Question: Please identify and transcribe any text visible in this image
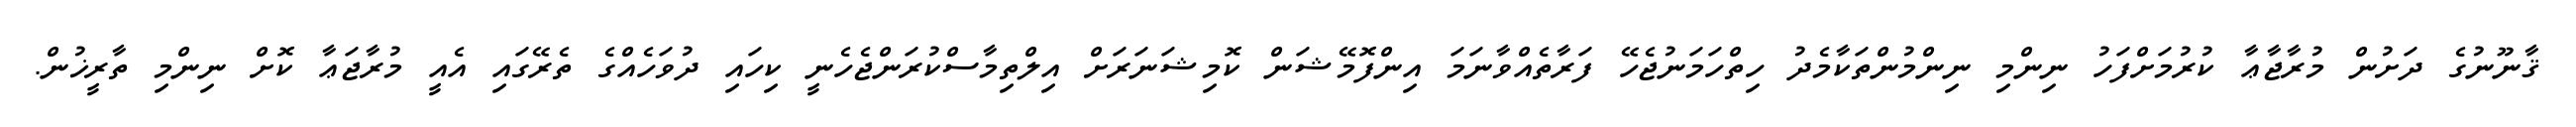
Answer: ޤާނޫނުގެ ދަށުން މުރާޖާޢާ ކުރުމަށްފަހު ނިންމި ނިންމުންތަކާމެދު ހިތްހަމަނުޖެހޭ ފަރާތެއްވާނަމަ އިންފޮމޭޝަން ކޮމިޝަނަރަށް އިލްތިމާސްކުރަންޖެހެނީ ކިހައި ދުވަހެއްގެ ތެރޭގައި އެއީ މުރާޖަޢާ ކޮށް ނިންމި ތާރީޚުން.